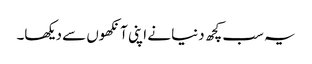
یہ سب کچھ دنیا نے اپنی آنکھوں سے دیکھا۔